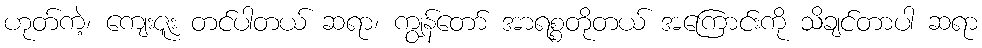
ဟုတ်ကဲ့၊ ကျေးဇူး တင်ပါတယ် ဆရာ၊ ကျွန်တော် အာရစ္စတိုတယ် အကြောင်းကို သိချင်တာပါ ဆရာ